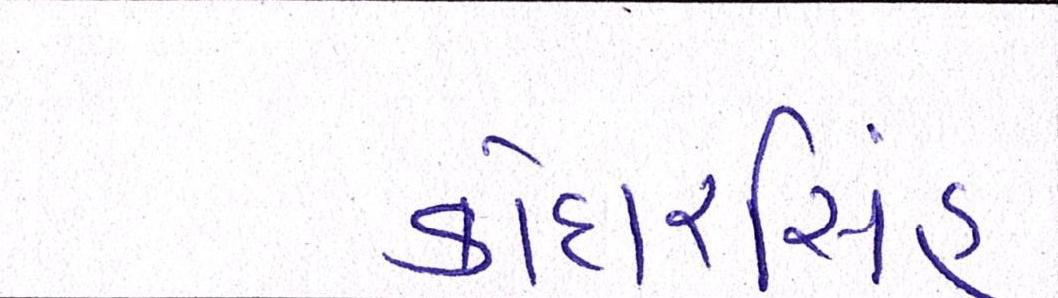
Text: કોદારસિંહ